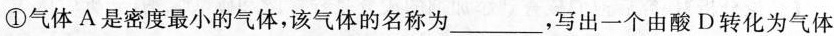
①气体A是密度最小的气体，该气体的名称为___，写出一个由酸D转化为气体